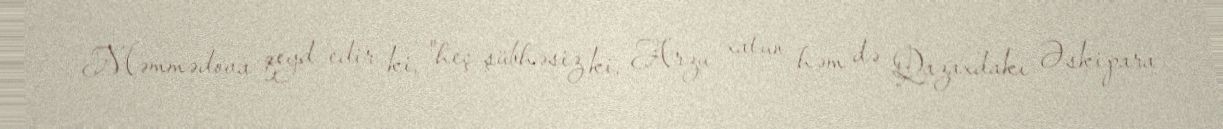
Məmmədova qeyd edir ki, "heç şübhəsiz ki, Arzu xatun həm də Qazaxdakı Əskipara